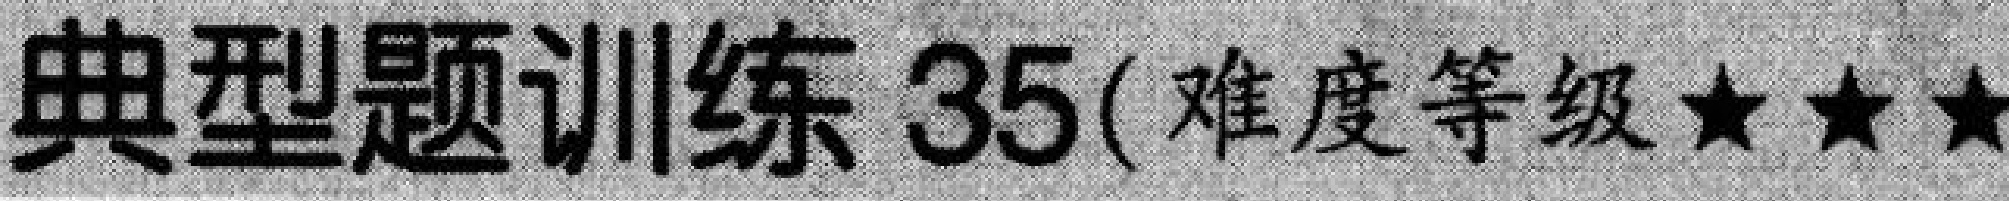
典型题训练 35( 难度等级★★★)